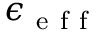
\epsilon _ { \mathrm { ~ e ~ f ~ f ~ } }